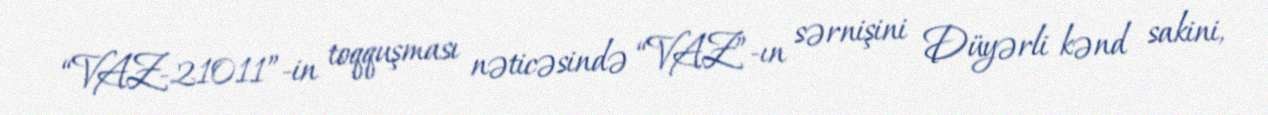
“VAZ-21011”-in toqquşması nəticəsində “VAZ”-ın sərnişini Düyərli kənd sakini,